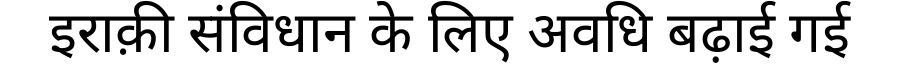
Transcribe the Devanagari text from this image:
इराक़ी संविधान के लिए अवधि बढ़ाई गई